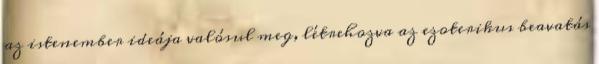
az istenember ideája valósul meg, létrehozva az ezoterikus beavatás